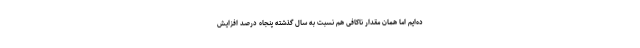
ده‌ایم اما همان مقدار ناکافی هم نسبت به سال گذشته پنجاه درصد افزایش